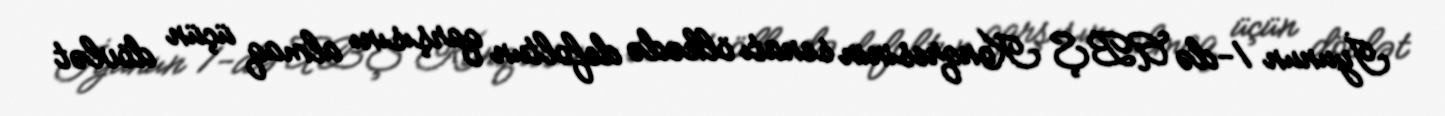
İyunun 1-də ABŞ Konqresinin senatı ölkədə defoltun qarşısını almaq üçün dövlət